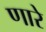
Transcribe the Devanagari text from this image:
णारे